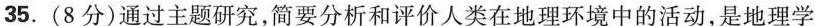
35.(8分)通过主题研究，简要分析和评价人类在地理环境中的活动，是地理学